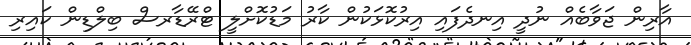
އާރިން ޖަވާބެއް ނުދީ އިނދެފައި އިރުކޮޅަކުން ކާރު މަޑުކޮށްލީ ޓްރޭޑާރސް ބިލްޑިން ކައިރި